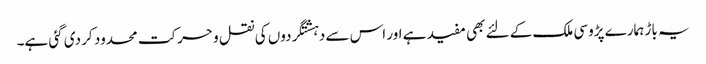
یہ باڑ ہمارے پڑوسی ملک کے لئے بھی مفید ہے اور اس سے دہشتگردوں کی نقل و حرکت محدود کر دی گئی ہے۔